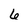
Character: 6